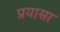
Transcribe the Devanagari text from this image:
प्रयासा